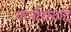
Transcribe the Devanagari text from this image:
कर्तारमादि